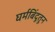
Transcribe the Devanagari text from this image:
घर्मबिंदूतून